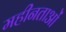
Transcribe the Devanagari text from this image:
महीनताओं